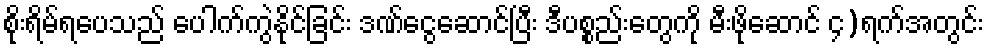
စိုးရိမ်ရပေသည် ပေါက်ကွဲနိုင်ခြင်း ဒဏ်ငွေဆောင်ပြီး ဒီပစ္စည်းတွေကို မီးဖိုဆောင် ၄)ရက်အတွင်း